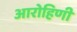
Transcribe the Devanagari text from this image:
आरोहिणी